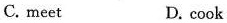
C. meet D. cook